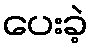
ပေးခဲ့